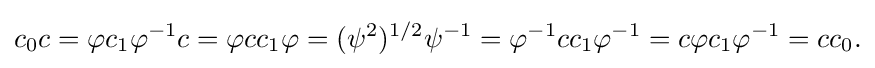
\displaystyle {c_{0}c=\varphi c_{1}\varphi ^{-1}c=\varphi cc_{1}\varphi =(\psi ^{2})^{1/2}\psi ^{-1}=\varphi ^{-1}cc_{1}\varphi ^{-1}=c\varphi c_{1}\varphi ^{-1}=cc_{0}.}